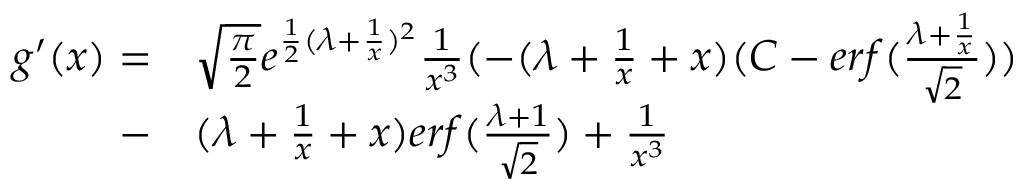
\begin{array} { r l } { g ^ { \prime } ( x ) = } & { { } \sqrt { \frac { \pi } { 2 } } e ^ { \frac { 1 } { 2 } ( \lambda + \frac { 1 } { x } ) ^ { 2 } } \frac { 1 } { x ^ { 3 } } ( - ( \lambda + \frac { 1 } { x } + x ) ( C - e r f ( \frac { \lambda + \frac { 1 } { x } } { \sqrt { 2 } } ) ) } \\ { - } & { { } ( \lambda + \frac { 1 } { x } + x ) e r f ( \frac { \lambda + 1 } { \sqrt { 2 } } ) + \frac { 1 } { x ^ { 3 } } } \end{array}